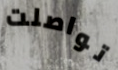
تواصلت